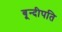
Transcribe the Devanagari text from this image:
बून्दीपति